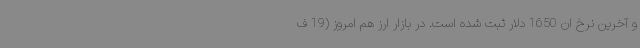
و آخرین نرخ ان 1650 دلار ثبت شده است. در بازار ارز هم امروز (19 ف